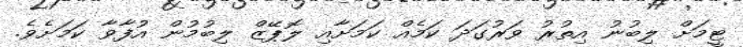
ޓީމަށް ލިބުނު އިތުރު ވަރުގަދަ ކަމެއް ކަމަށާއި ލޮޕޭޒް ލިބުމުން އުފާވާ ކަމަށެވެ.